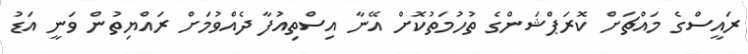
ރައީސްގެ މައްޗަށް ކޮރަޕްޝަންގެ ތުހުމަތުކޮށް އޭނާ އިސްތިއުފާ ދެއްވުމަށް ރައްޔިތުން ވަނީ އަޑު